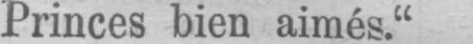
Princes bien aimés.“